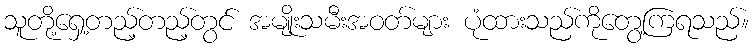
သူတို့ရှေ့တည့်တည့်တွင် အမျိုးသမီးအဝတ်များ ပုံထားသည်ကိုတွေ့ကြရသည်။